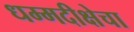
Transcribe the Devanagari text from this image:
धम्मदीक्षेचा